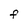
Character: F